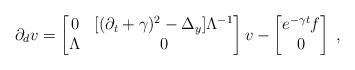
LaTeX: \begin{align*} \partial_d v = \left[ \begin{matrix} 0 & [(\partial_t+\gamma)^2 - \Delta_y]\Lambda^{-1} \\ \Lambda & 0 \end{matrix} \right] v - \left[ \begin{matrix}e^{-\gamma t} f \\ 0 \end{matrix} \right]\;, \end{align*}